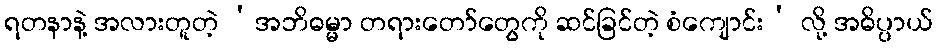
ရတနာနဲ့ အလားတူတဲ့ ‘အဘိဓမ္မာ တရားတော်တွေကို ဆင်ခြင်တဲ့ စံကျောင်း’ လို့ အဓိပ္ပာယ်